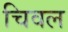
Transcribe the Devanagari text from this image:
चिवल